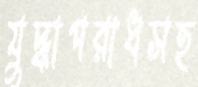
যুদ্ধাপরাধসহ